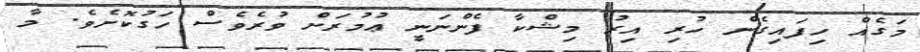
މަގެއް ހިފައިގެން ހުރި އިރު މިޝްކާ ފެންނަނީ ޢުމުރަށް ވުރެވެސް ހަގުކޮށެވެ. މާ